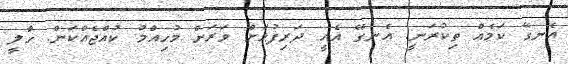
އެނގޭ ކަމެއް ތިކުރަނީ. އެނގޭ އެއީ ދަރިފުޅަށް ވަރަށް މުހިއްމު ކުއްޖެއްކަން. ހާލީ